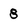
Character: 8